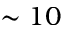
\sim 1 0